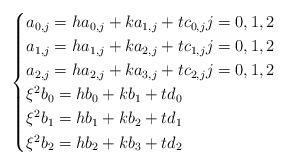
LaTeX: \begin{align*}\begin{cases}a_{0,j} = h a_{0,j} + k a_{1,j} + t c_{0,j} j=0,1,2\\a_{1,j} = h a_{1,j} + k a_{2,j} + t c_{1,j} j=0,1,2\\a_{2,j} = h a_{2,j} + k a_{3,j} + t c_{2,j} j=0,1,2\\\xi^2 b_0 = h b_0 + k b_1 + t d_0 \\\xi^2 b_1 = h b_1 + k b_2 + t d_1 \\\xi^2 b_2 = h b_2 + k b_3 + t d_2 \end{cases}\end{align*}